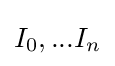
I_{0},...I_{n}